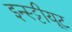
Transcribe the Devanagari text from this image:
इन्स्ट्टीयूट